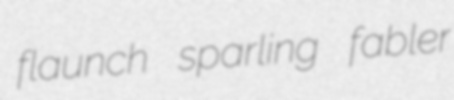
flaunch sparling fabler